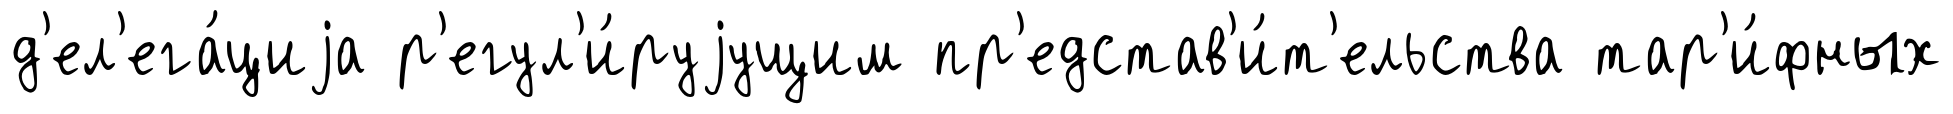
д'ел'ега́циjа р'егул'и́руjущим пр'едстав'и́т'ельства тар'и́фных